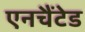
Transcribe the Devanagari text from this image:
एनचैंटेड